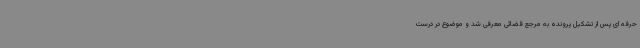
حرفه ای پس از تشکیل پرونده به مرجع قضائی معرفی شد و موضوع در درست